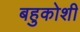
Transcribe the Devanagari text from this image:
बहुकोशी